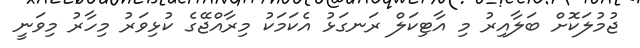
ޖުމުލަކޮށް ބަލާއިރު މި އާޓިކަލް ރަނގަޅު އެކަމަކު މިރާާއްޖޭގެ ކުޅިވަރު މިހާރު މިވަނީ